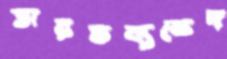
তারতম্যভেদ